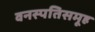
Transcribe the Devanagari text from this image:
वनस्पतिसमूह